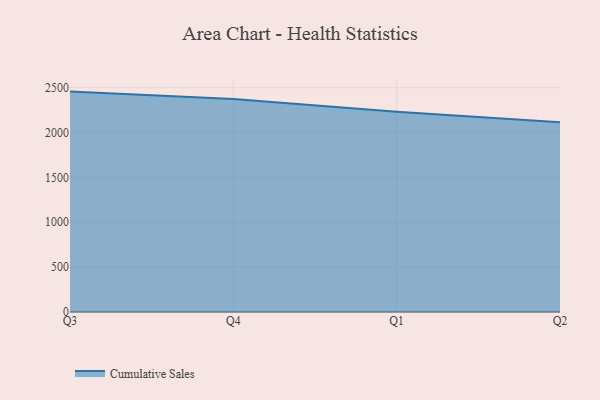
{"axis": {"x": "Quarter", "y": "Operating Costs (USD K)"}, "legend": ["Cumulative Sales"], "data": [{"x": "Q3", "y": 2455.4, "type": "Cumulative Sales"}, {"x": "Q4", "y": 2373.2, "type": "Cumulative Sales"}, {"x": "Q1", "y": 2231.5, "type": "Cumulative Sales"}, {"x": "Q2", "y": 2114.8, "type": "Cumulative Sales"}]}